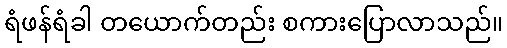
ရံဖန်ရံခါ တယောက်တည်း စကားပြောလာသည်။